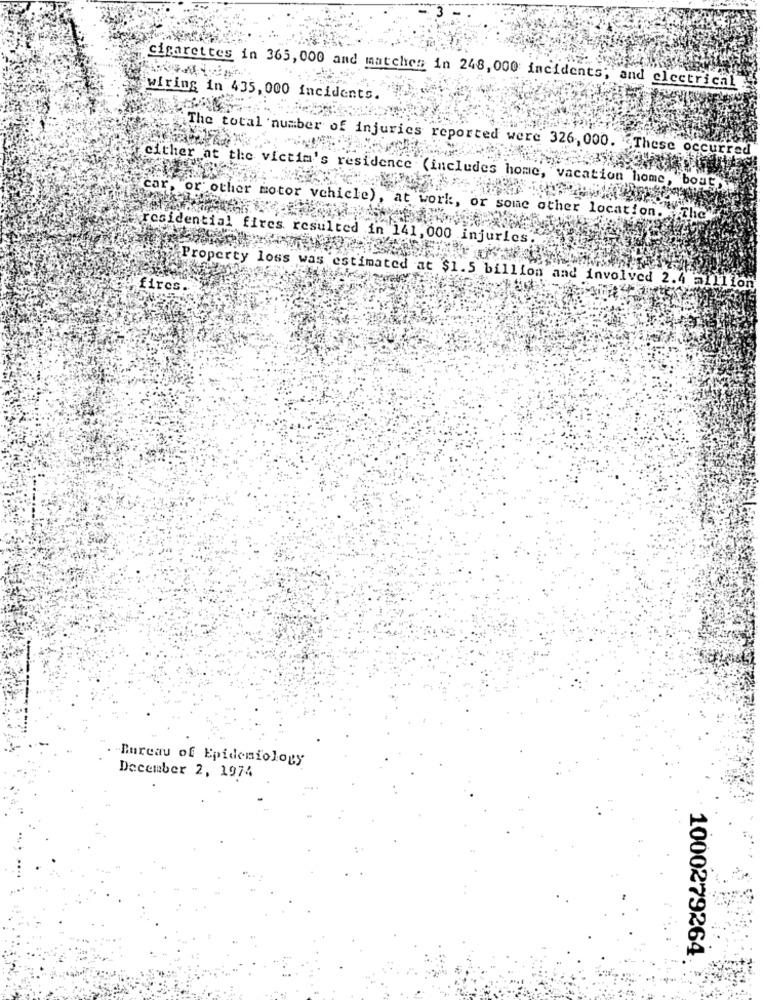
cigarettes in 365,000 and matches in 248,000 incidents; and electrical
wiring in 435, 000 incidents.
"The total number of injuries reported were 326, 000. These occurre
either at the victim's residence (includes home, vacation home, boat
car, or other motor vehicle), at work, or some other location. The
residential fires resulted in 141, 000 injuries
fires.
Property loss was estimated at $1.5 billion and involved 2.4 million
Bureau of Epidemiology
December 2, 1974
1000279264